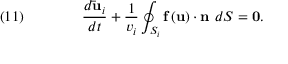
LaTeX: \quad ( 1 1 ) \qquad \qquad { \frac { d { \mathbf { \bar { u } } } _ { i } } { d t } } + { \frac { 1 } { v _ { i } } } \oint _ { S _ { i } } { \mathbf { f } } \left( { \mathbf { u } } \right) \cdot { \mathbf { n } } \ d S = { \mathbf { 0 } } .